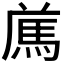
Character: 𩢁